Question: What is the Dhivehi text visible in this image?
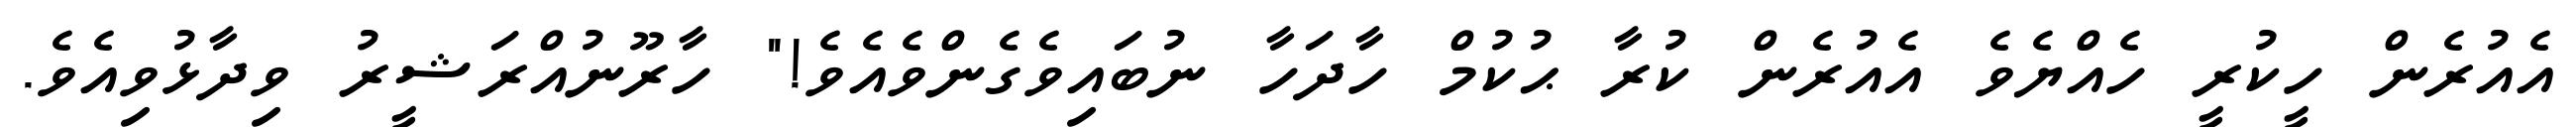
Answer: އެއުރެން ހީކުރީ ހެއްޔެވެ އެއުރެން ކުރާ ޙުކުމް ހާދަހާ ނުބައިވެގެންވެއެވެ!" ހާރޫނުއްރަޝީރު ވިދާޅުވިއެވެ.